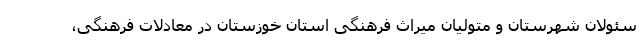
سئولان شهرستان و متولیان میراث فرهنگی استان خوزستان در معادلات فرهنگی،